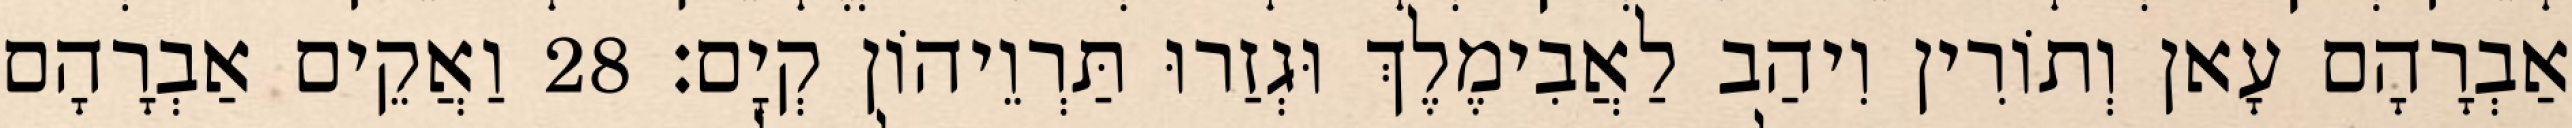
אַבְרָהָם עָאן וְתוֹרִין וִיהַב לַאֲבִימֶלֶךְ וּגְזַרוּ תַּרְוֵיהוֹן קְיָם׃ 28 וַאֲקֵים אַבְרָהָם